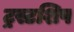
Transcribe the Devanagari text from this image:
ट्रस्टशिप